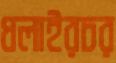
ধলাইরচর